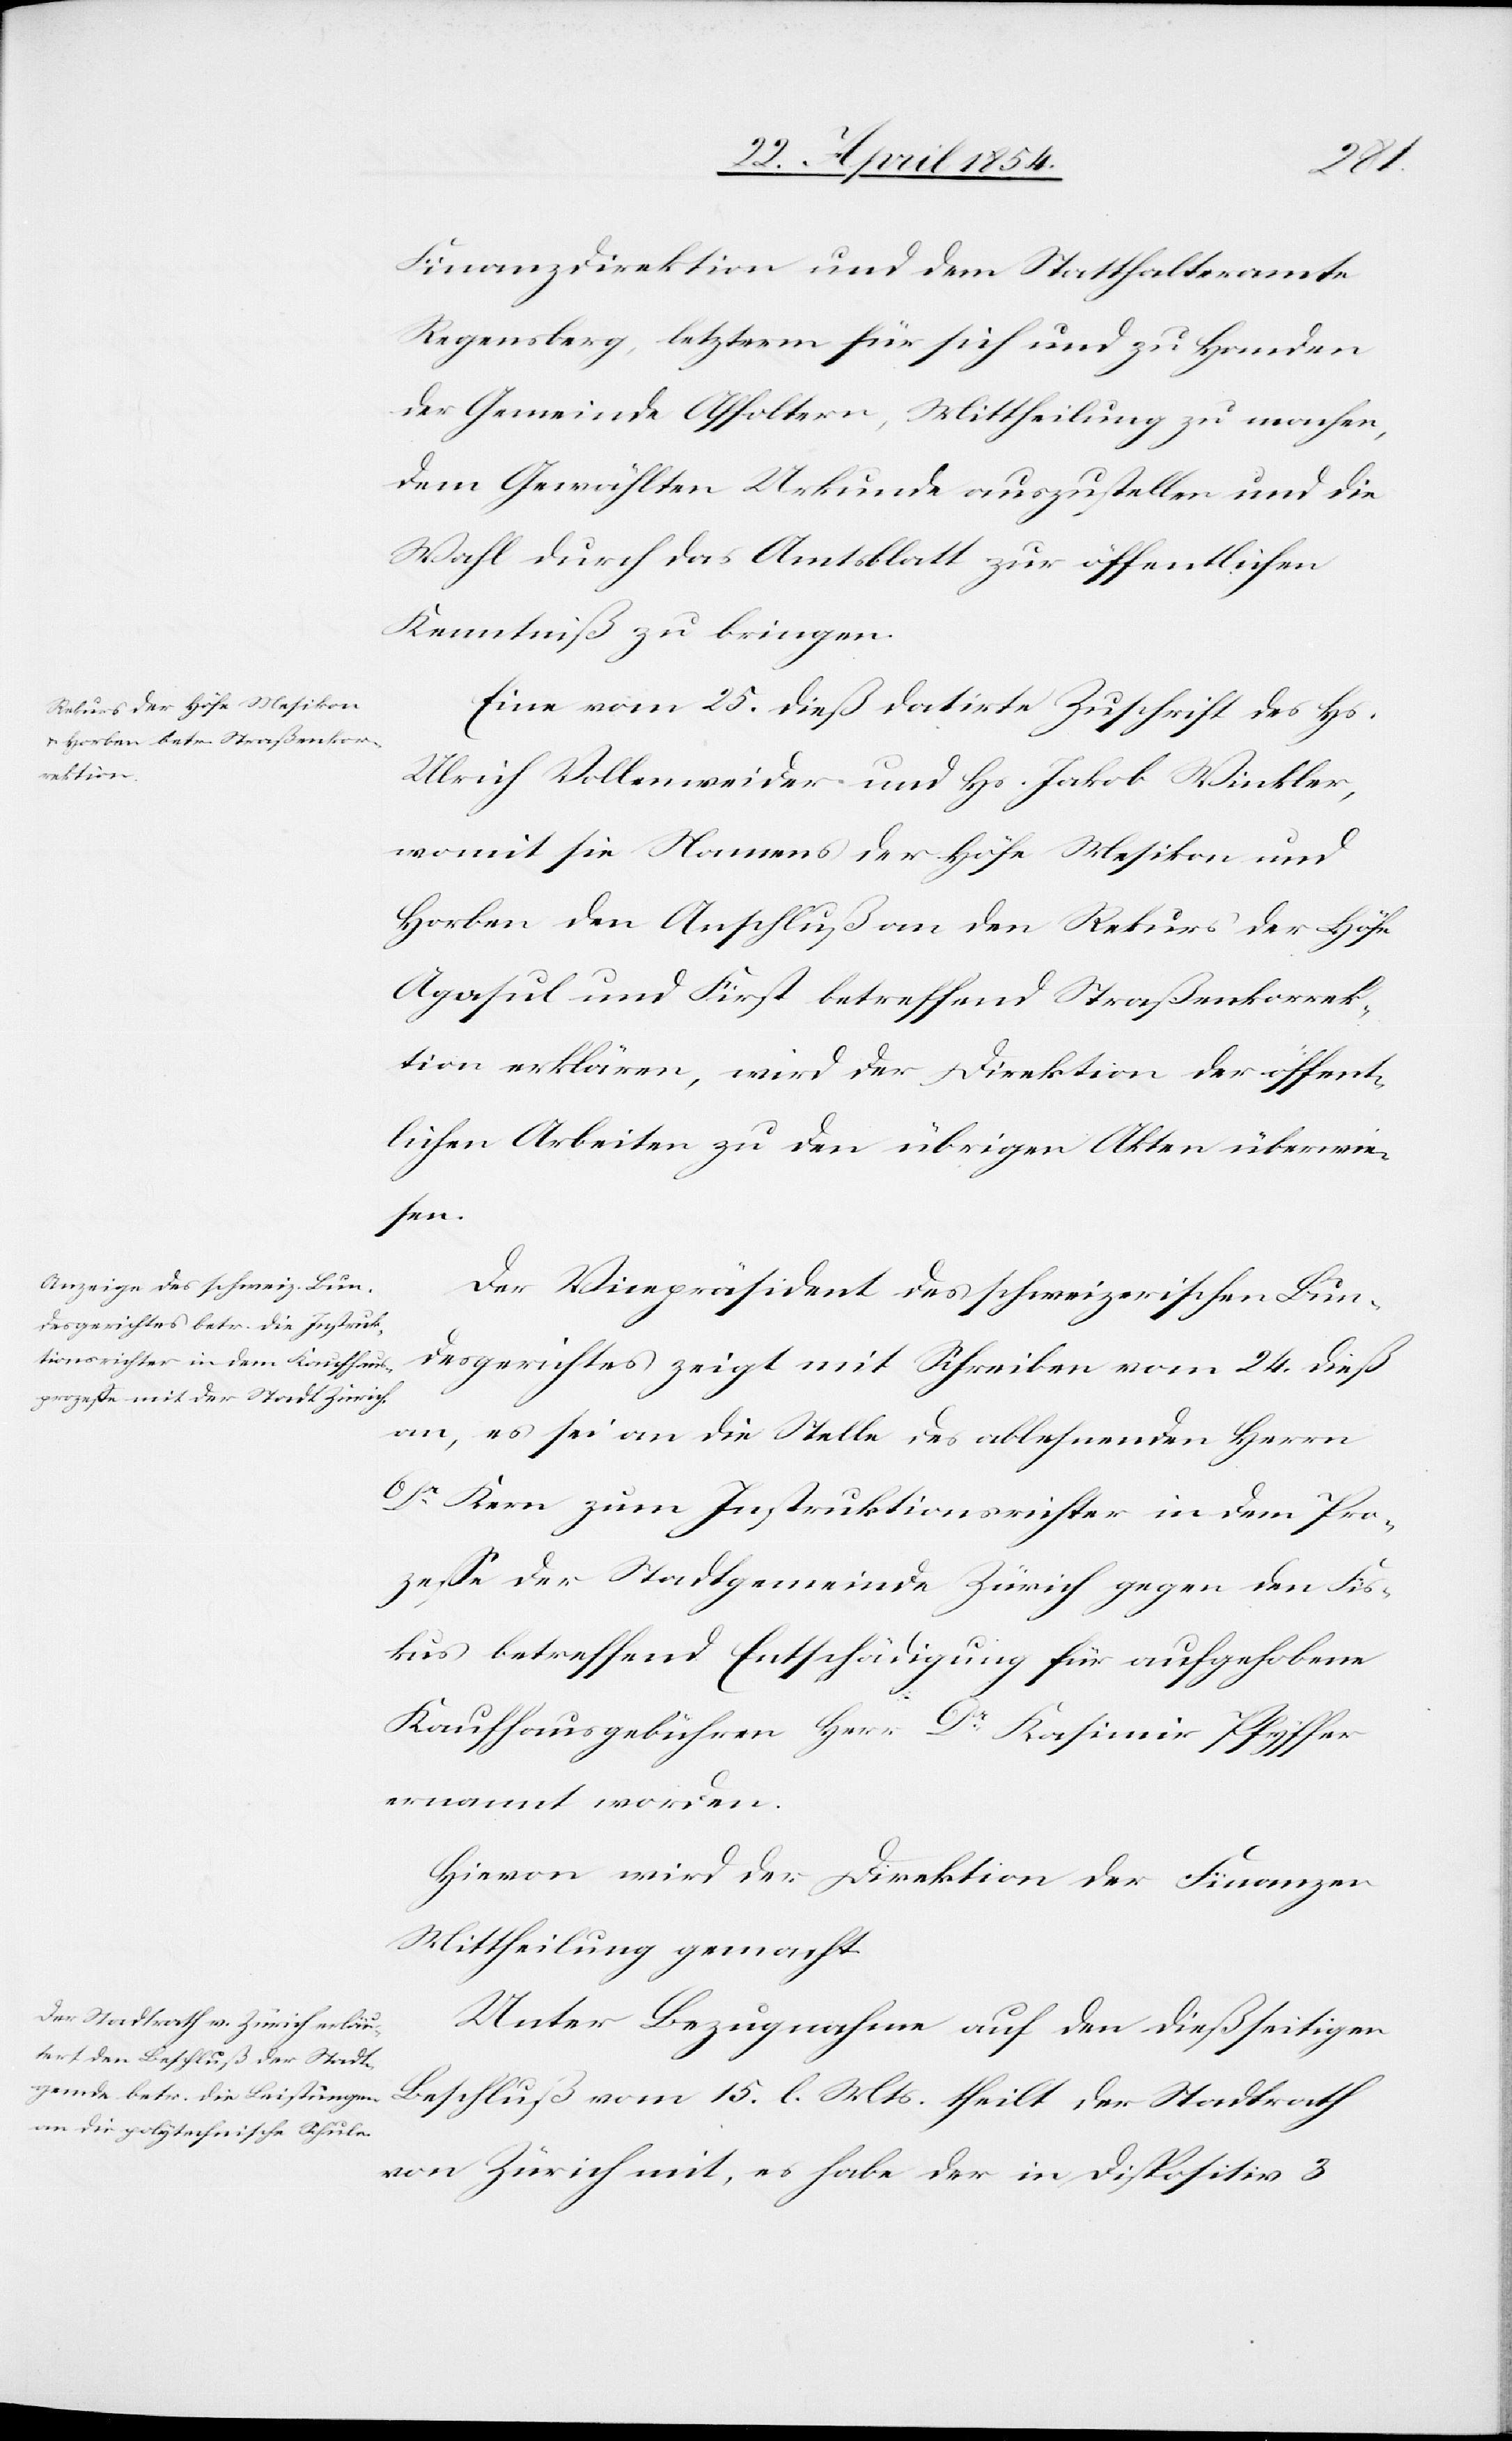
den
27. April 1854.]
Finanzdirektion und dem Statthalteramte
Regensberg, letzterm für sich und zu Handen
der Gemeinde Affoltern, Mittheilung zu machen,
dem Gewählten Urkunde auszustellen und die
Wahl durch das Amtsblatt zur öffentlichen
Kenntniß zu bringen.
Eine vom 25. dieß datirte Zuschrift des Hs.
Ulrich Vollenweider und Hs. Jakob Winkler,
womit sie Namens der Höfe Mesikon und
Horben den Anschluß an den Rekurs der Höfe
Agasul und First betreffend Straßenkorrek¬
tion erklären, wir der Direktion der öffent¬
lichen Arbeiten zu den übrigen Akten überwie¬
sen.
Der Vicepräsident des schweizerischen Bun¬
desgerichtes zeigt mit Schreiben vom 24. dieß
an, es sei an die Stelle des ab lehnenden Herrn
Dr Kern zum Instruktionsrichter in dem Pro¬
zeße der Stadtgemeinde Zürich gegen den Fis¬
kus betreffend Entschädigung für aufgehobene
Kaufhausgebühren Herr Dr Kasimir Pfyffer
ernannt worden.
Hievon wird der Direktion der Finanzen
Mittheilung gemacht.
Unter Bezugnahme auf den dießseitigen
Beschluß vom 15. l. Mts. theilt der Stadtrath
von Zürich mit, es habe der in Dispositiv 3